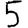
Digit: 5